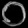
Digit: ၀